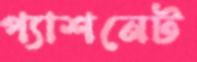
প্যাশনেট